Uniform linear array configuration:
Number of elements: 4
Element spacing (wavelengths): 1
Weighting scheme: binomial
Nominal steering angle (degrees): -15
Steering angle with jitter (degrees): -14.595
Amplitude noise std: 0.05
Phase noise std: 0.05

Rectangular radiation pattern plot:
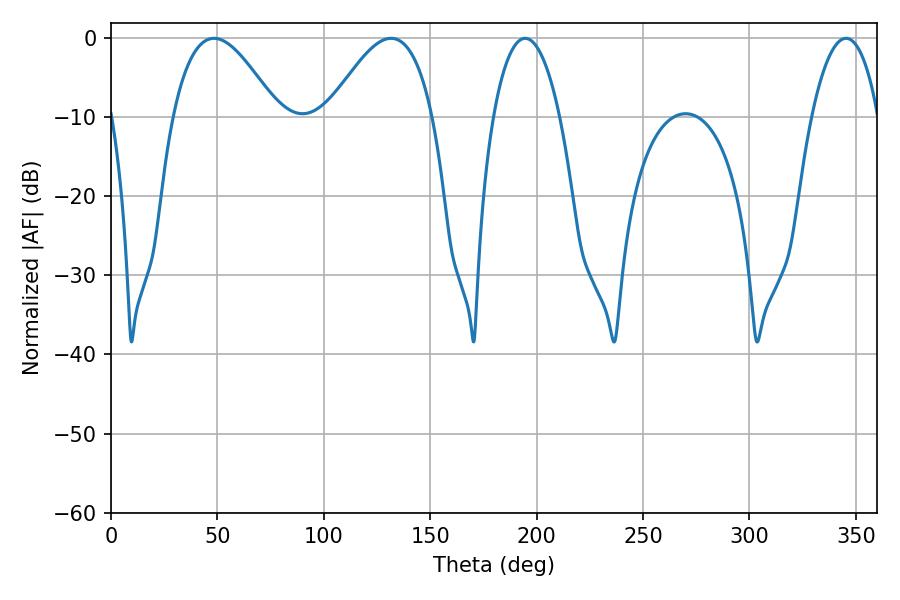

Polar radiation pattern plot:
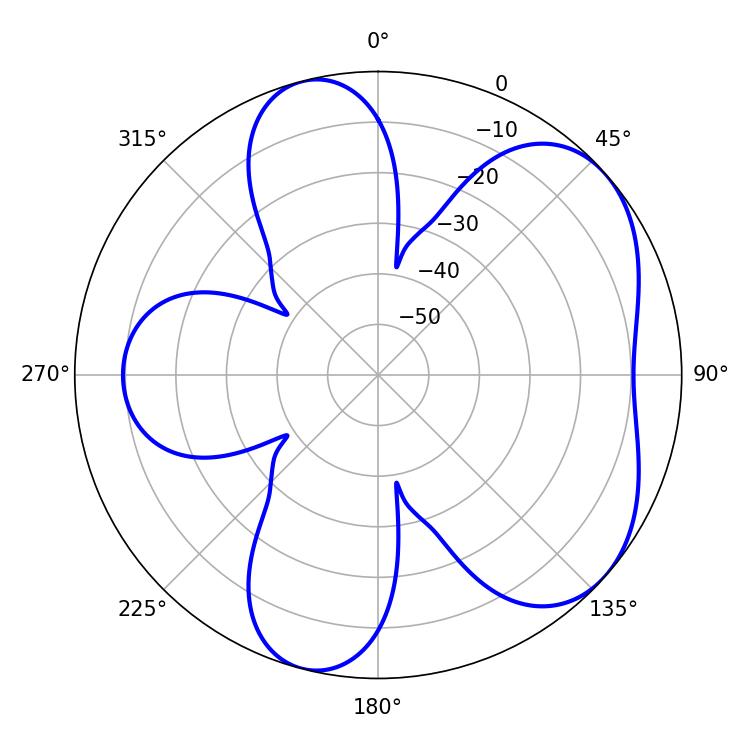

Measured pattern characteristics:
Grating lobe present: TRUE
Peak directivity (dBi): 5.295
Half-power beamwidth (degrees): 26.64
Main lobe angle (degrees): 48.42